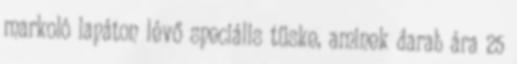
markoló lapáton lévő speciális tüske, aminek darab ára 25